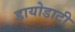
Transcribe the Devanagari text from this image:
डायोडाटी